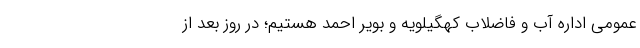
عمومی اداره آب و فاضلاب کهگیلویه و بویر احمد هستیم؛ در روز بعد از